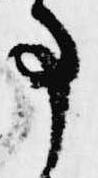
事